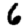
Digit: 6